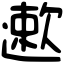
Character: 遬